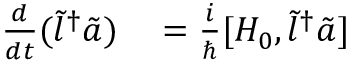
\begin{array} { r l } { \frac { d } { d t } ( \tilde { l } ^ { \dagger } \tilde { a } ) } & { { } = \frac { i } { \hbar } [ H _ { 0 } , \tilde { l } ^ { \dagger } \tilde { a } ] } \end{array}